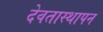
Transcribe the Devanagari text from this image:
देवतास्थापन